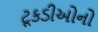
ટૂકડીઓનો